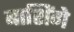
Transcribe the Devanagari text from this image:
बाशिंगे